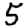
Digit: 5